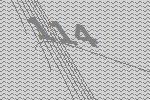
114